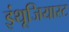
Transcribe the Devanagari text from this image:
इंथूजियास्ट